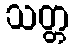
သတ္တ